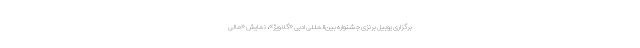
برگزاری یوبیل برنزی جشنواره بین‌المللی ادبی «گلاویژ»، نمایش «مالی